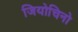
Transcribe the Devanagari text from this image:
जियोचिनो